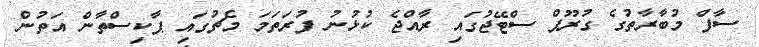
ސާފް މުބާރާތުގެ ގުރޫޕް ސްޓޭޖުގައި ރާއްޖެ ކުޅުނު ފުރަތަމަ މެޗުގައި ޕާކިސްތާން އަތުން